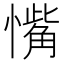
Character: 𪬰